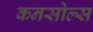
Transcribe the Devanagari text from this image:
कनसोल्स